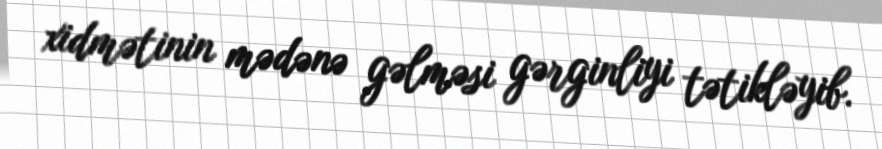
xidmətinin mədənə gəlməsi gərginliyi tətikləyib.